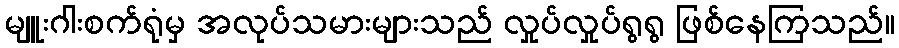
မျူးဂါးစက်ရုံမှ အလုပ်သမားများသည် လှုပ်လှုပ်ရွရွ ဖြစ်နေကြသည်။